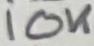
Text: 10K